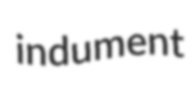
indument